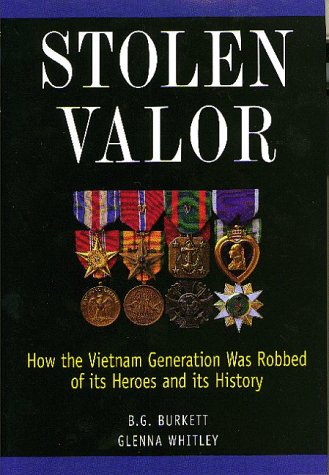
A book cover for Stolen Valor : How the Vietnam Generation Was Robbed of Its Heroes and Its History; B. G. Burkett; History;